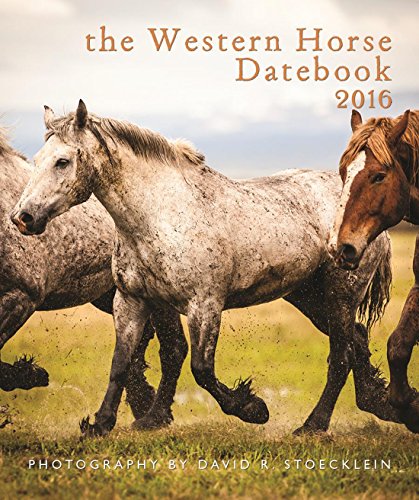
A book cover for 2016 Western Horse Desk Datebook; David R. Stoecklein; Calendars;